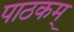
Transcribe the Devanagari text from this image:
पाठकम्